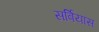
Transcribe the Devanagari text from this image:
सर्बियास